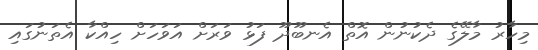
މިހާރު މާލޭގެ ދެކުނުން އޮތް އެނބޫދޫ ފަޅު ވަރަށް އަވަހަށް ހިއްކާ އެތަނުގައި